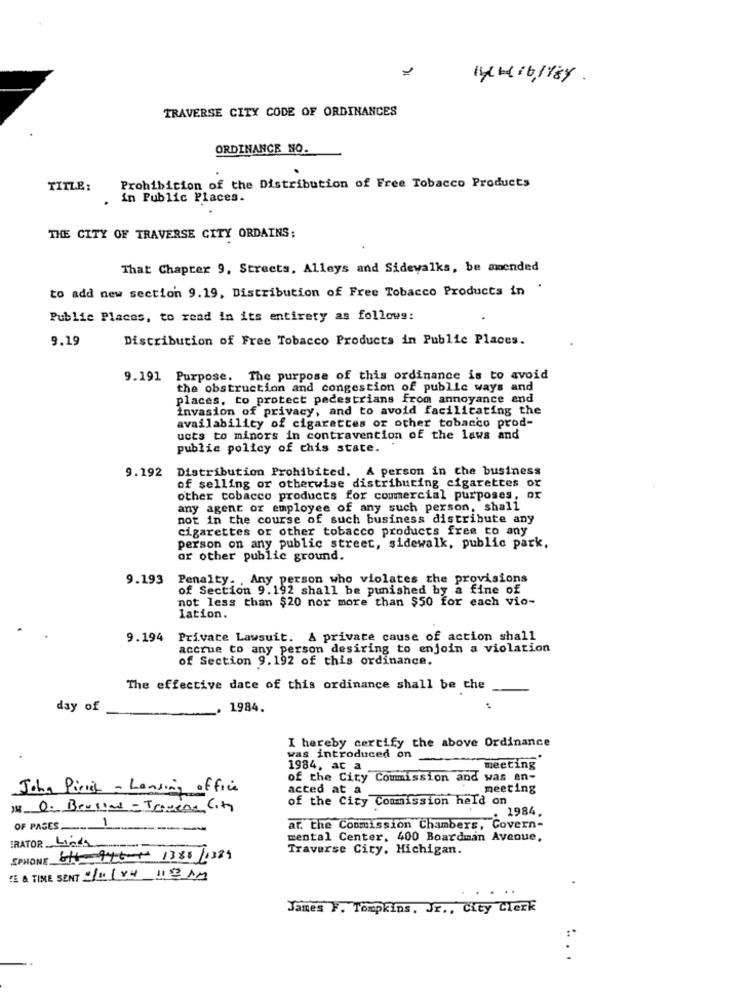
1 4 16,184.
TRAVERSE CITY CODE OF ORDINANCES
ORDINANCE NO.
TITLE:
Prohibition of the Distribution of Free Tobacco Products
. in Public Places.
THE CITY OF TRAVERSE CITY ORDAINS:
That Chapter 9, Streets, Alleys and Sidewalks, be amended
to add new section 9.19, Distribution of Free Tobacco Products in
.
Public Places, to read in its entirety as follows:
9.19
Distribution of Free Tobacco Products in Public Places.
9.191 Purpose. The purpose of this ordinance is to avoid
the obstruction and congestion of public ways and
places, to protect pedestrians from annoyance and
invasion of privacy, and to avoid facilitating the
availability of cigarettes or other tobacco prod-
ucts to minors in contravention of the laws and
public policy of chis state.
9.192 Distribution Prohibited. A person in the business
of selling or otherwise distributing cigarettes or
other tobacco products for commercial purposes, ox
any agent or employee of any such person, shall
not in the course of such business distribute any
cigarettes or other tobacco products free co any
person on any public street, sidewalk, public park.
or other public ground.
9.193
Penalty. . Any person who violates the provisions
of Section 9.192 shall be punished by a fine of
not less than $20 nor more than $50 for each vio-
lation.
9.194
Private Lawsuit. A private cause of action shall
accrue to any person desiring to enjoin a violation
of Section 9.192 of this ordinance.
The effective date of this ordinance shall be che
day of
1984.
I hereby certify the above Ordinance
was introduced on
1984, ac a
meeting
of the City Commission and was an-
John Pirich - Lansing office
acted at a
meeting
of the City Commission held on
)3 0. Bensin - Tomens City
_: 1984.
OF PAGES
ar. the Commission Chambers, Covern-
mental Center. 400 Boardman Avenue,
ERATOR Linda
Traverse City, Michigan.
IPHONE 61-946-1- 1388/1389
TE & TIME SENT 20184 119AM
James F. Tompkins, Jr ., City Clerk